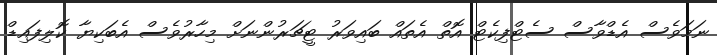
ނަމަވެސް އެޑްވާސް ސެޓްފިކެޓް އޮތް އެތައް ބައިވަރު ޓީޗަރުންނަށް މިހާރުވެސް އެބަކިޔާ ކޮލިފައިޑް